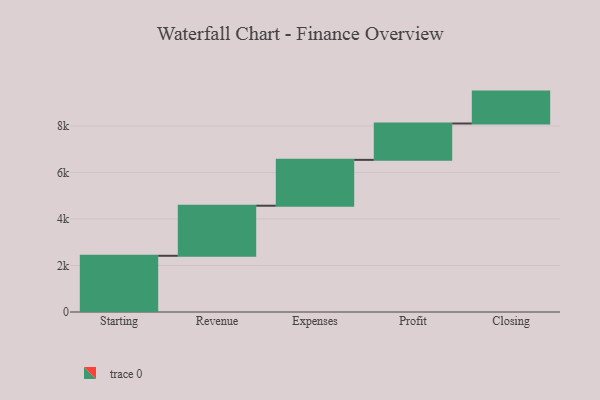
{"axis": {"x": "Step", "y": "Value"}, "legend": [""], "data": [{"x": "Starting", "y": 2418.0, "type": ""}, {"x": "Revenue", "y": 2154.0, "type": ""}, {"x": "Expenses", "y": 1972.0, "type": ""}, {"x": "Profit", "y": 1564.0, "type": ""}, {"x": "Closing", "y": 1372.0, "type": ""}]}